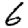
Digit: 6